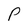
Character: P